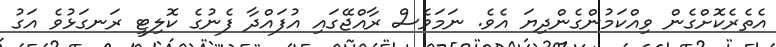
އެތެރެކޮށްގެން ވިއްކަމުންގެންދިޔަ އެވެ. ނަމަވެސް ރާއްޖޭގައި އުފައްދާ ފެނުގެ ކޮލިޓީ ރަނގަޅުވެ އަގު